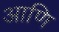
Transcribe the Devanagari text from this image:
आणि